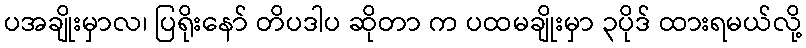
ပအချိုးမှာလ၊ ပြရိုးနော် တိပဒါပ ဆိုတာ က ပထမချိုးမှာ ၃ပိုဒ် ထားရမယ်လို့